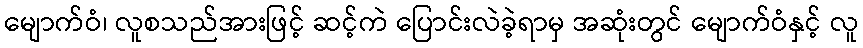
မျောက်ဝံ၊ လူစသည်အားဖြင့် ဆင့်ကဲ ပြောင်းလဲခဲ့ရာမှ အဆုံးတွင် မျောက်ဝံနှင့် လူ